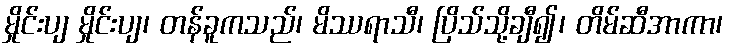
မှိုင်းပျ မှိုင်းပျ၊ တန်ခူကသည်၊ မိဿရာသီ၊ ပြိသ်သို့ချီ၍၊ တိမ်ဆီအာကာ၊